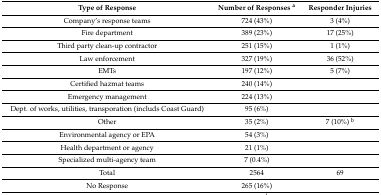
| Type of Response | Number of Responses a | Responder Injuries |
 | --- | --- | --- |
 | Company’s response teams | 724 (43%) | 3 (4%) |
 | Fire department | 389 (23%) | 17 (25%) |
 | Third party clean-up contractor | 251 (15%) | 1 (1%) |
 | Law enforcement | 327 (19%) | 36 (52%) |
 | EMTs | 197 (12%) | 5 (7%) |
 | Certified hazmat teams | 240 (14%) |  |
 | Emergency management | 224 (13%) |  |
 | Dept. of works, utilities, transporation (includs Coast Guard) | 95 (6%) |  |
 | Other | 35 (2%) | 7 (10%) b |
 | Environmental agency or EPA | 54 (3%) |  |
 | Health department or agency | 21 (1%) |  |
 | Specialized multi-agency team | 7 (0.4%) |  |
 | Total | 2564 | 69 |
 | No Response | 265 (16%) |  |